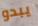
يبدو